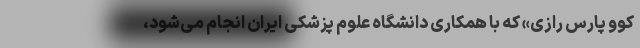
کوو پارس رازی» که با همکاری دانشگاه علوم پزشکی ایران انجام می‌شود،